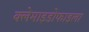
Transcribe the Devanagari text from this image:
क्लेमाइडोफाइला